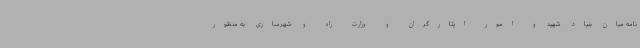
نامه میان بنیاد شهید و امور ایثارگران و وزارت راه و شهرسازی به منظور